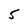
Character: 5